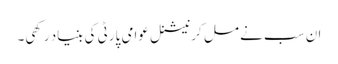
ان سب نے مل کر نیشنل عوامی پارٹی کی بنیاد رکھی۔